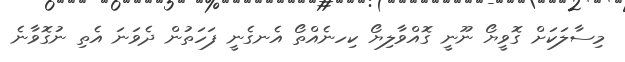
މިސާލަކަށް ގޮވީޔޯ ނޫނީ ގޮއްވާލިޔޯ ކިހނެއްތޯ އެނގެނީ ފަހަތުން ދެވަނަ އެތި ނުގޮވާނެ